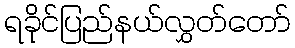
ရခိုင်ပြည်နယ်လွှတ်တော်